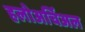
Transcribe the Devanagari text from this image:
हलोअर्चिअल